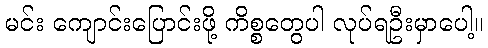
မင်း ကျောင်းပြောင်းဖို့ ကိစ္စတွေပါ လုပ်ရဦးမှာပေါ့။